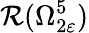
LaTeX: \mathcal{R}(\Omega_{2\varepsilon}^{5})